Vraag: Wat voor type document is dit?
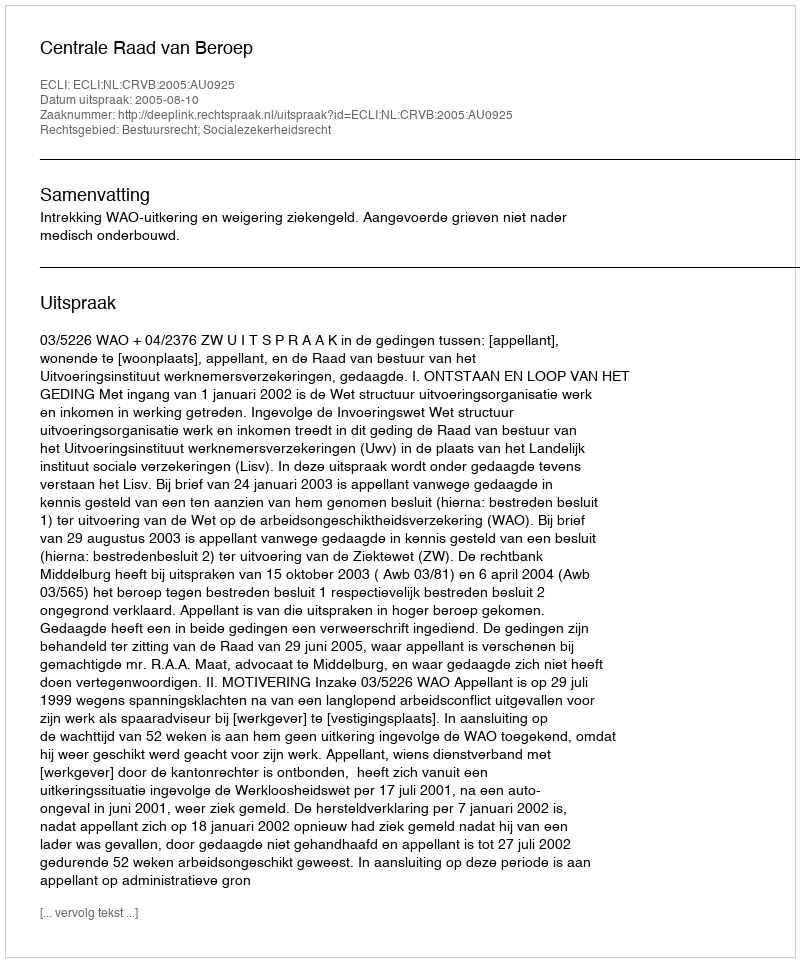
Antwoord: Uitspraak